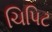
ચિપિટ